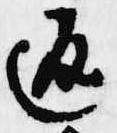
返